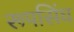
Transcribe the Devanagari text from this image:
रूपसिंघ